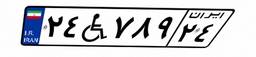
۲۴W۷۸۹۲۴